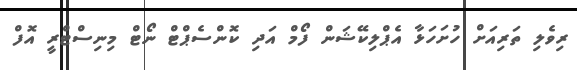
ރިވެލި ތަރިއަށް ހުށަހަޅާ އެޕްލިކޭޝަން ފޯމް އަދި ކޮންސެޕްޓް ނޯޓް މިނިސްޓްރީ އޮފް